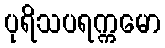
ပုရိသပရက္ကမော